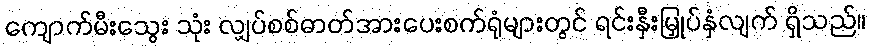
ကျောက်မီးသွေး သုံး လျှပ်စစ်ဓာတ်အားပေးစက်ရုံများတွင် ရင်းနှီးမြှုပ်နှံလျက် ရှိသည်။